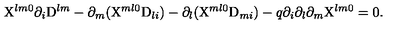
\mathrm { X } ^ { l m 0 } \partial _ { i } \mathrm { D } ^ { l m } - \partial _ { m } ( \mathrm { X } ^ { m l 0 } \mathrm { D } _ { l i } ) - \partial _ { l } ( \mathrm { X } ^ { m l 0 } \mathrm { D } _ { m i } ) - q { } \partial _ { i } \partial _ { l } \partial _ { m } \mathrm { X } ^ { l m 0 } = 0 .